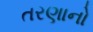
તરણાનો